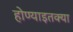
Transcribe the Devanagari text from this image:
होण्याइतक्या